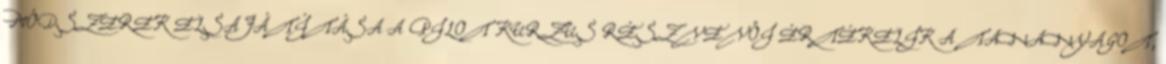
MÓDSZEREK ELSAJÁTÍTÁSA A PILOT KURZUS RÉSZVEVŐI ÉRTÉKELIK A TANANYAGOT,